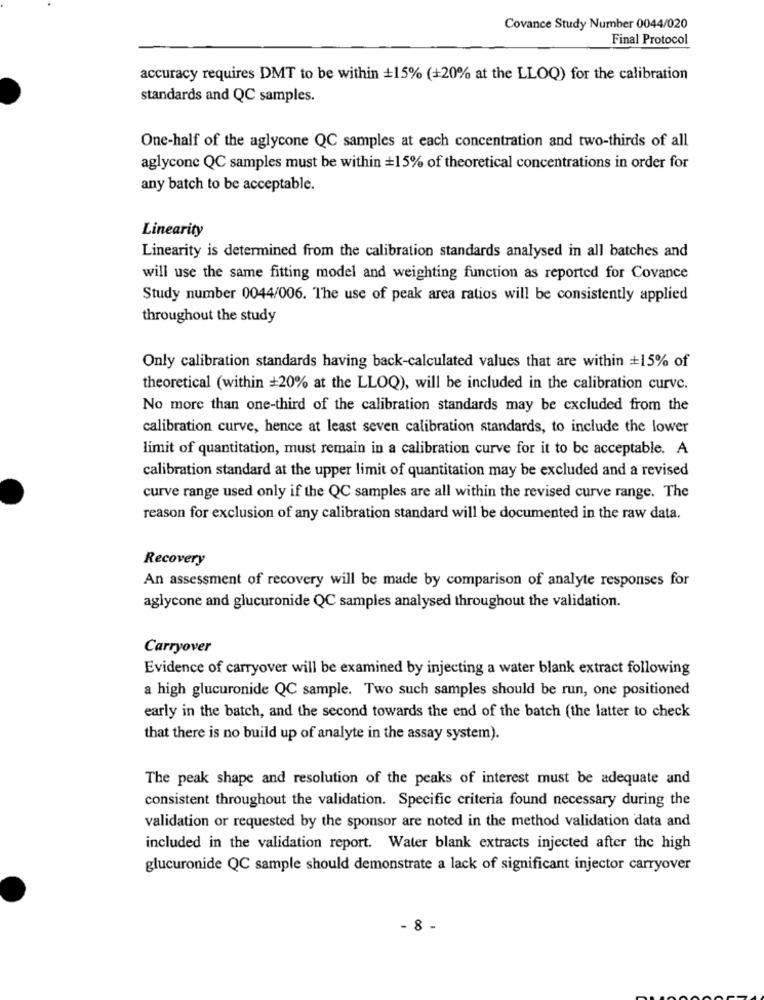
Covance Study Number 0044/020
Final Protocol
accuracy requires DMT to be within +15% (+20% at the LLOQ) for the calibration
standards and QC samples.
One-half of the aglycone QC samples at each concentration and two-thirds of all
aglyconc QC samples must be within +15% of theoretical concentrations in order for
any batch to be acceptable.
Linearity
Linearity is determined from the calibration standards analysed in all batches and
will use the same fitting model and weighting function as reported for Covance
Study number 0044/006. The use of peak area ratios will be consistently applied
throughout the study
Only calibration standards having back-calculated values that are within +15% of
theoretical (within +20% at the LLOQ), will be included in the calibration curve.
No more than one-third of the calibration standards may be excluded from the
calibration curve, hence at least seven calibration standards, to include the lower
limit of quantitation, must remain in a calibration curve for it to be acceptable. A
calibration standard at the upper limit of quantitation may be excluded and a revised
curve range used only if the QC samples are all within the revised curve range. The
reason for exclusion of any calibration standard will be documented in the raw data.
Recovery
An assessment of recovery will be made by comparison of analyte responses for
aglycone and glucuronide QC samples analysed throughout the validation.
Carryover
Evidence of carryover will be examined by injecting a water blank extract following
a high glucuronide QC sample. Two such samples should be run, one positioned
early in the batch, and the second towards the end of the batch (the latter to check
that there is no build up of analyte in the assay system).
The peak shape and resolution of the peaks of interest must be adequate and
consistent throughout the validation. Specific criteria found necessary during the
validation or requested by the sponsor are noted in the method validation data and
included in the validation report. Water blank extracts injected after the high
glucuronide QC sample should demonstrate a lack of significant injector carryover
- 8 -